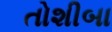
તોશીબા